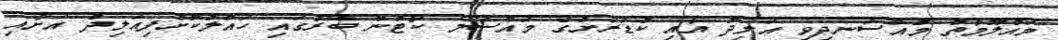
މައުލޫމާތު މުއްސަނދިވި އަލިދު އާއި ކުޑަރަށުގެ މައްސަލަ ކޯޓުން ބޭރުގައި ހައްލުކޮށްފިއަލިދު އަށާއި